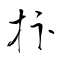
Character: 抃